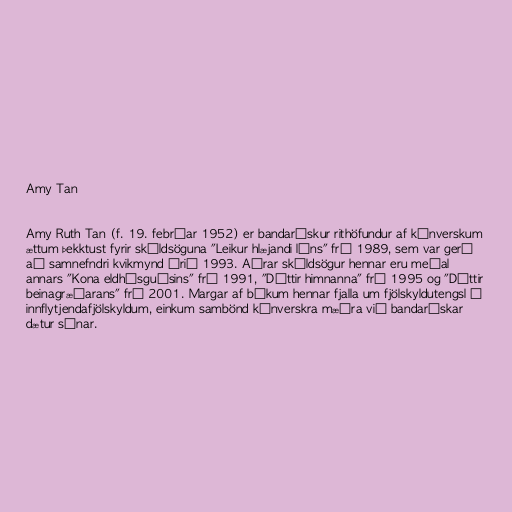
Amy Tan

Amy Ruth Tan (f. 19. febrúar 1952) er bandarískur rithöfundur af kínverskum
ættum þekktust fyrir skáldsöguna "Leikur hlæjandi láns" frá 1989, sem var gerð
að samnefndri kvikmynd árið 1993. Aðrar skáldsögur hennar eru meðal
annars "Kona eldhúsguðsins" frá 1991, "Dóttir himnanna" frá 1995 og "Dóttir
beinagræðarans" frá 2001. Margar af bókum hennar fjalla um fjölskyldutengsl í
innflytjendafjölskyldum, einkum sambönd kínverskra mæðra við bandarískar
dætur sínar.